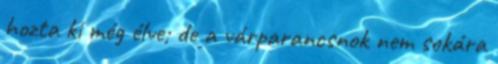
hozta ki még élve; de a várparancsnok nem sokára